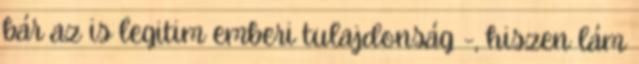
bár az is legitim emberi tulajdonság -, hiszen lám